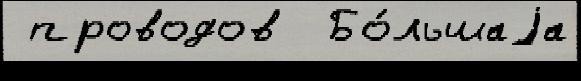
 проводов  Бо́льшаjа